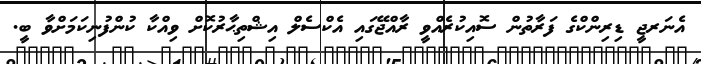
އެނަރޖީ ޑިރިންކްގެ ފަރާތުން ސޮއިކުރެއްވީ ރާއްޖޭގައި އެކްސެލް އިޝްތިޙާރުކޮށް ވިއްކާ ކުންފުނިކަމަށްވާ ބީ.